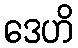
ဒေဟိ